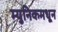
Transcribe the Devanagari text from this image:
म्युनिकमधून